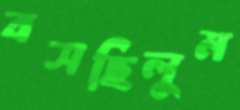
বসছিলুম